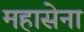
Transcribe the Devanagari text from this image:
महासेना